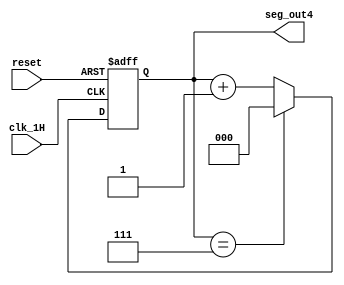

`timescale 1ns / 1ps
//////////////////////////////////////////////////////////////////////////////////
// Company:
// Engineer:
//
// Design Name:
// Module Name: user_module1
// Project Name:
// Target Devices:
// Tool Versions:
// Description:
//
// Dependencies:
//
// Revision:
// Revision 0.01 - File Created
// Additional Comments:
//
//////////////////////////////////////////////////////////////////////////////////


module user_module4(
   input clk_1H,
   input reset,
   output [2:0]seg_out4
   );
   reg [2:0]count_reg=0;
   
   reg [2:0]count_next=3'b000;
   always @(posedge clk_1H or posedge reset)
   begin
   if (reset)
   count_reg<=0;
   else
   count_reg<=count_next;
   end
   always@(*)
   begin
  if(count_reg==3'b111)
  count_next=3'b000;
  else
  count_next=count_reg+1;
  end
 
  assign seg_out4=count_reg;
  endmodule